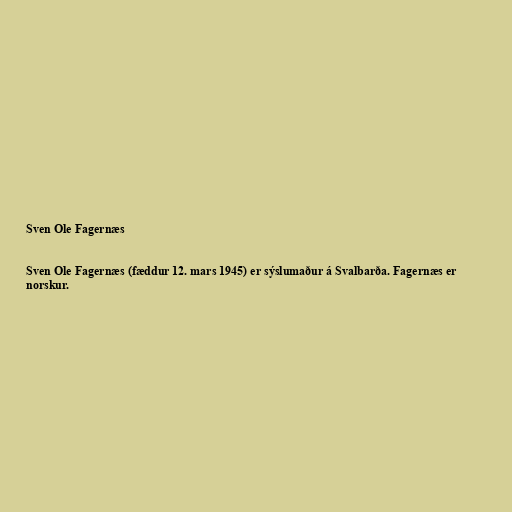
Sven Ole Fagernæs

Sven Ole Fagernæs (fæddur 12. mars 1945) er sýslumaður á Svalbarða. Fagernæs er
norskur.